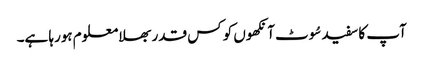
آپ کا سفید سُوٹ آنکھوں کو کس قدر بھلا معلوم ہورہا ہے۔